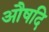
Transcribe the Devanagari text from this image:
औषदि